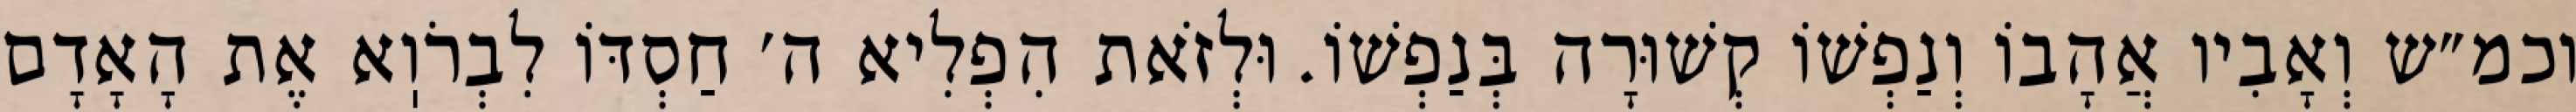
וכמ״ש וְאָבִיו אֲהָבוֹ וְנַפְשׁוֹ קְשׁוּרָה בְּנַפְשׁוֹ. וּלְזֹאת הִפְלִיא ה׳ חַסְדּוֹ לִבְרֹוֽא אֶת הָאָדָם